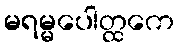
မရမ္မပေါတ္ထကေ